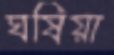
ঘষিয়া